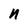
Character: n